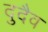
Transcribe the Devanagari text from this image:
दुदैव